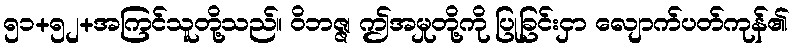
၅၁+၅၂+အကြင်သူတို့သည်။ ဝိဘဇ္ဇ၊ ဤအမှုတို့ကို ပြုခြင်းငှာ လျောက်ပတ်ကုန်၏